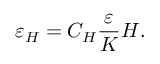
\varepsilon _ { H } = C _ { H } \frac { \varepsilon } { K } H .